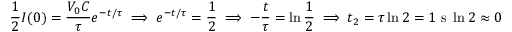
\frac { 1 } { 2 } I ( 0 ) = \frac { V _ { 0 } C } { \tau } e ^ { - t / \tau } \implies e ^ { - t / \tau } = \frac { 1 } { 2 } \implies - \frac { t } { \tau } = \ln { \frac { 1 } { 2 } } \implies t _ { 2 } = \tau \ln { 2 } = 1 \mathrm { ~ s ~ } \ln { 2 } \approx 0 . 6 9 3 \mathrm { ~ s ~ }